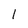
Character: l